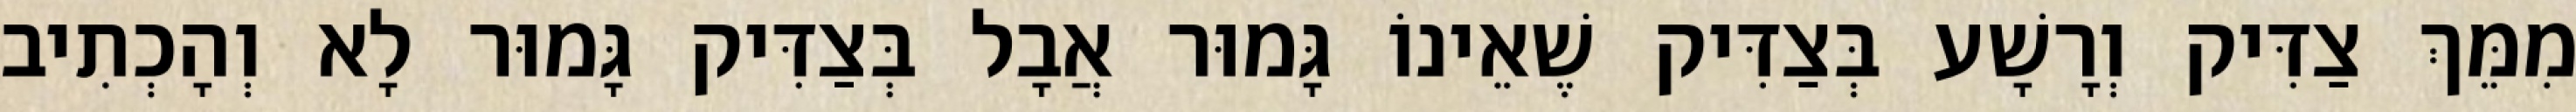
מִמֵּךְ צַדִּיק וְרָשָׁע בְּצַדִּיק שֶׁאֵינוֹ גָּמוּר אֲבָל בְּצַדִּיק גָּמוּר לָא וְהָכְתִיב